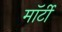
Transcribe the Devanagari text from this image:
मॉर्टी